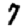
Digit: 7